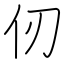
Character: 仞